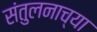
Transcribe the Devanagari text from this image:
संतुलनाच्या